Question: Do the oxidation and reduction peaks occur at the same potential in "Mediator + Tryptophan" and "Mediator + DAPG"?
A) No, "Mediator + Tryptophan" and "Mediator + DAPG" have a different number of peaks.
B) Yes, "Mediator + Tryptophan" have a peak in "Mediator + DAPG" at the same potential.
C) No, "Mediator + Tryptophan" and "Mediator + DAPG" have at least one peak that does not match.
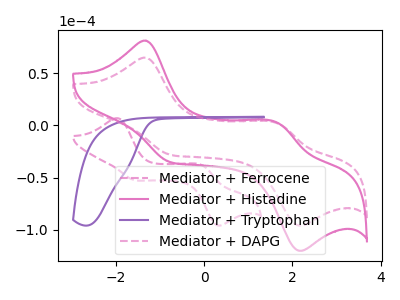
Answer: <think>The pink dashed curve "Mediator + Ferrocene" has anodic peaks at (-1.95V, 6.95uA) (-0.05V, -38.10uA) and cathodic peaks at (-1.60V, -52.15uA) (0.30V, -95.55uA). The pink curve "Mediator + Histadine" has anodic peaks at (-1.35V, 81.20uA) (1.65V, 2.85uA) and cathodic peaks at (-0.80V, -35.15uA) (2.20V, -120.10uA). The purple curve "Mediator + Tryptophan" has no peaks. The pink dashed curve "Mediator + DAPG" has anodic peaks at (-1.35V, 64.95uA) (1.65V, 2.25uA) and cathodic peaks at (-0.80V, -28.10uA) (2.20V, -96.00uA).</think>
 <answer>A) No, "Mediator + Tryptophan" and "Mediator + DAPG" have a different number of peaks.</answer>
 <eval>A</eval>